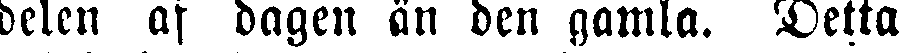
delen af dagen än den gamla. Detta